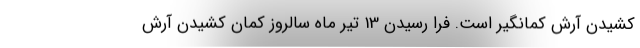
کشیدن آرش کمانگیر است. فرا رسیدن 13 تیر ماه سالروز کمان کشیدن آرش